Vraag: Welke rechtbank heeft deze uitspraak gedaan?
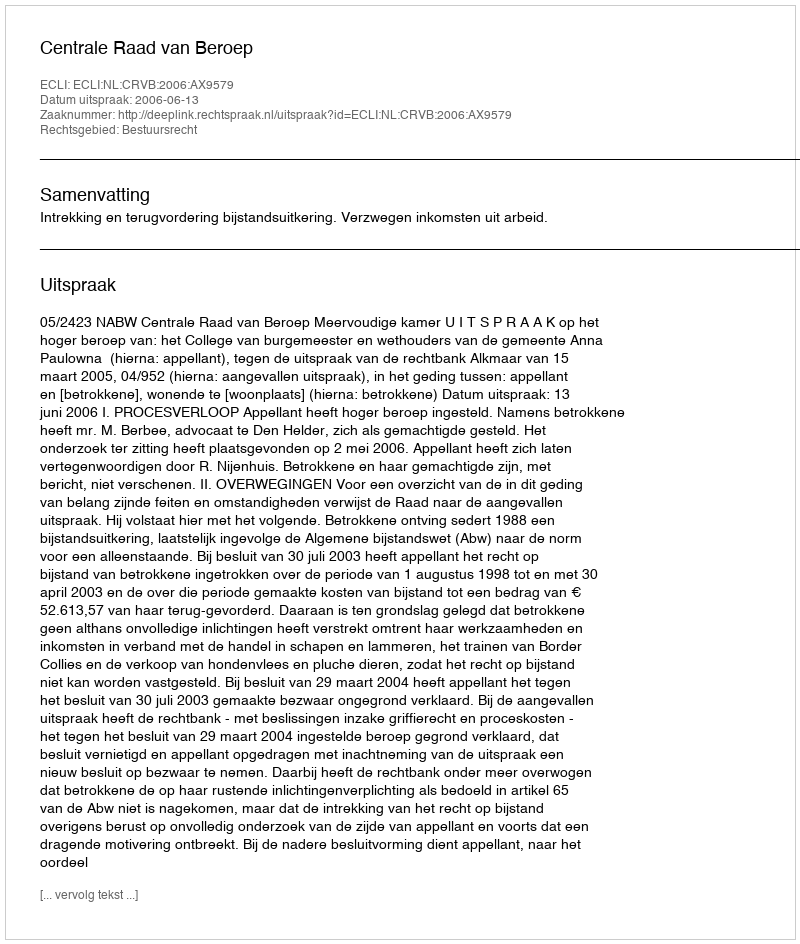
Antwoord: Centrale Raad van Beroep